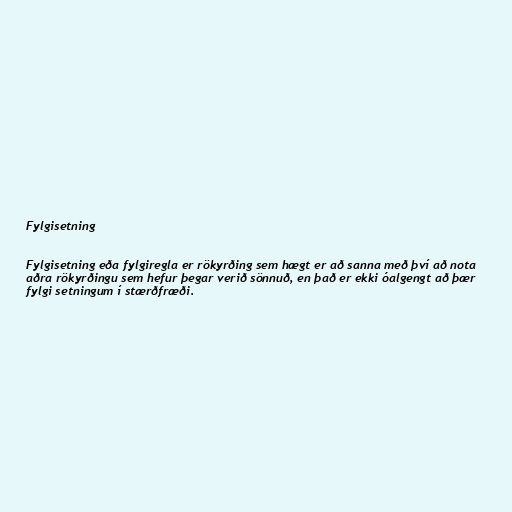
Fylgisetning

Fylgisetning eða fylgiregla er rökyrðing sem hægt er að sanna með því að nota
aðra rökyrðingu sem hefur þegar verið sönnuð, en það er ekki óalgengt að þær
fylgi setningum í stærðfræði.